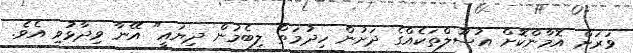
ވަރަށް އޮމާންކޮށް އުސޫލްތަކެއްގެ ދަށުން ހިދުމަތް ލިބެމުން ދިޔައީ" އޭނާ ވިދާޅުވި އެވެ.